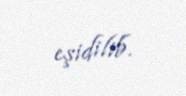
eşidilib.